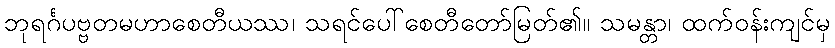
ဘုရင်္ဂပဗ္ဗတမဟာစေတီယဿ၊ သရင်ပေါ်စေတီတော်မြတ်၏။ သမန္တာ၊ ထက်ဝန်းကျင်မှ